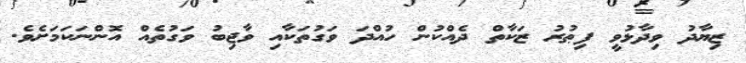
ޒިޔާދު ވިދާޅުވީ ފިޠުރު ޒަކާތް ދެއްކުން ހުއްދަ ވަގުތަކާއި ވާޖިބު ވަގުތެއް އޮންނަކަމަށެވެ.